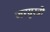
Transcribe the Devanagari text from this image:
जरयुस्त्री